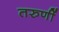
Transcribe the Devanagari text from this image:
तरुणीं